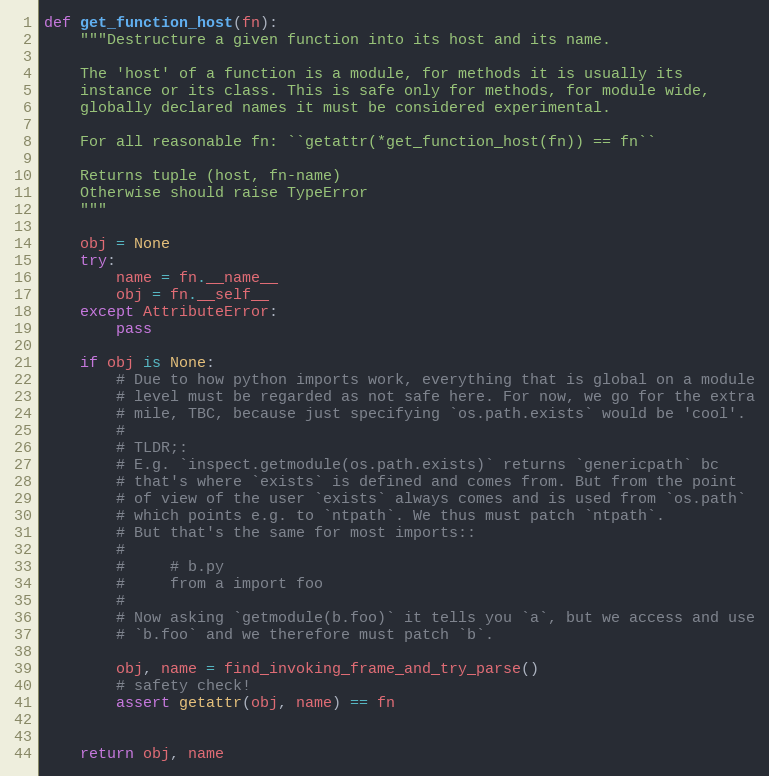
Language: Python
def get_function_host(fn):
    """Destructure a given function into its host and its name.

    The 'host' of a function is a module, for methods it is usually its
    instance or its class. This is safe only for methods, for module wide,
    globally declared names it must be considered experimental.

    For all reasonable fn: ``getattr(*get_function_host(fn)) == fn``

    Returns tuple (host, fn-name)
    Otherwise should raise TypeError
    """

    obj = None
    try:
        name = fn.__name__
        obj = fn.__self__
    except AttributeError:
        pass

    if obj is None:
        # Due to how python imports work, everything that is global on a module
        # level must be regarded as not safe here. For now, we go for the extra
        # mile, TBC, because just specifying `os.path.exists` would be 'cool'.
        #
        # TLDR;:
        # E.g. `inspect.getmodule(os.path.exists)` returns `genericpath` bc
        # that's where `exists` is defined and comes from. But from the point
        # of view of the user `exists` always comes and is used from `os.path`
        # which points e.g. to `ntpath`. We thus must patch `ntpath`.
        # But that's the same for most imports::
        #
        #     # b.py
        #     from a import foo
        #
        # Now asking `getmodule(b.foo)` it tells you `a`, but we access and use
        # `b.foo` and we therefore must patch `b`.

        obj, name = find_invoking_frame_and_try_parse()
        # safety check!
        assert getattr(obj, name) == fn

    return obj, name